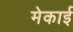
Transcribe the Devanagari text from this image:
मेकाई